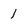
Character: 1